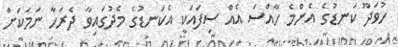
ހުވަދޫ ކަނޑުގެ އެންމެ ހާއްސަ އެއް ސިފައަކީ އެކަނޑުގެ މެދުގައިވާ ދެރަހާ ނަމަކަށް